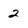
Character: 2